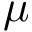
\mu